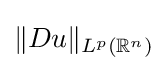
\|Du\|_{L^{p}(\mathbb {R} ^{n})}